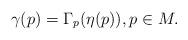
LaTeX: \begin{align*}\gamma(p) = \Gamma_p(\eta(p)), p \in M.\end{align*}